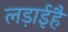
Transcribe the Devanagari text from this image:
लड़ाईहै